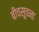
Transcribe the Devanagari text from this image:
बीचसूचना